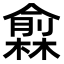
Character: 𠐙